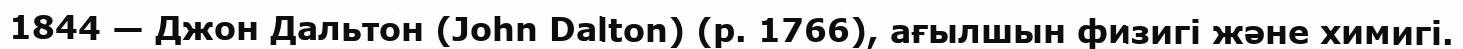
1844 — Джон Дальтон (John Dalton) (р. 1766), ағылшын физигі және химигі.